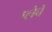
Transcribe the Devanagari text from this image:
प्लेचे